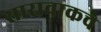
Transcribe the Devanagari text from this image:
सारावाकचे